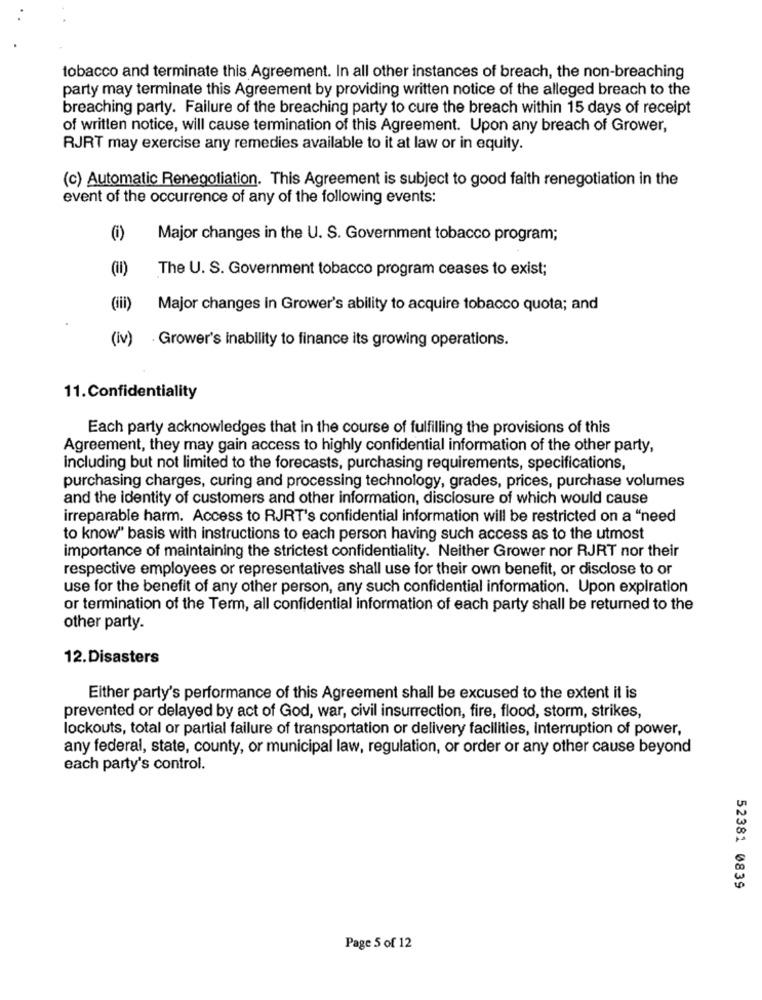
tobacco and terminate this Agreement. In all other instances of breach, the non-breaching
party may terminate this Agreement by providing written notice of the alleged breach to the
breaching party. Failure of the breaching party to cure the breach within 15 days of receipt
of written notice, will cause termination of this Agreement. Upon any breach of Grower,
RJRT may exercise any remedies available to it at law or in equity.
(c) Automatic Renegotiation. This Agreement is subject to good faith renegotiation in the
event of the occurrence of any of the following events:
Major changes in the U. S. Government tobacco program;
(11)
The U. S. Government tobacco program ceases to exist;
Major changes in Grower's ability to acquire tobacco quota; and
(iv)
. Grower's inability to finance its growing operations.
11.Confidentiality
Each party acknowledges that in the course of fulfilling the provisions of this
Agreement, they may gain access to highly confidential information of the other party,
Including but not limited to the forecasts, purchasing requirements, specifications,
purchasing charges, curing and processing technology, grades, prices, purchase volumes
and the identity of customers and other information, disclosure of which would cause
irreparable harm. Access to RJRT's confidential information will be restricted on a "need
to know" basis with instructions to each person having such access as to the utmost
importance of maintaining the strictest confidentiality. Neither Grower nor RJRT nor their
respective employees or representatives shall use for their own benefit, or disclose to or
use for the benefit of any other person, any such confidential information. Upon expiration
or termination of the Term, all confidential information of each party shall be returned to the
other party.
12.Disasters
Either party's performance of this Agreement shall be excused to the extent it is
prevented or delayed by act of God, war, civil insurrection, fire, flood, storm, strikes,
lockouts, total or partial failure of transportation or delivery facilities, interruption of power,
any federal, state, county, or municipal law, regulation, or order or any other cause beyond
each party's control.
52381 0839
Page 5 of 12